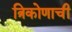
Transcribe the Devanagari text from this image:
त्रिकोणाची